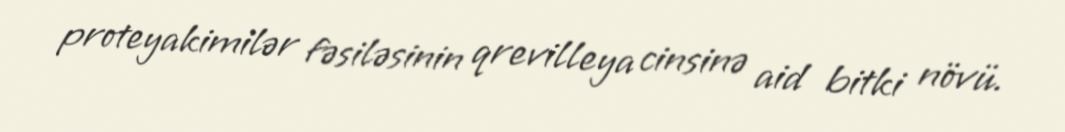
proteyakimilər fəsiləsinin qrevilleya cinsinə aid bitki növü.